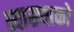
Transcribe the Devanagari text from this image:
व्याख्याको